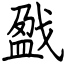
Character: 戤